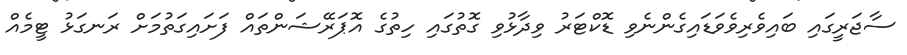
ސާޖަރީގައި ބައިވެރިވެވަޑައިގެންނެވި ޑޮކްޓަރު ވިދާޅުވި ގޮތުގައި ހިތުގެ އޮޕަރޭޝަންތައް ފަށައިގަތުމަށް ރަނގަޅު ޓީމެއް